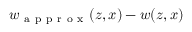
w _ { \mathrm { ~ a ~ p ~ p ~ r ~ o ~ x ~ } } ( z , x ) - w ( z , x )